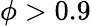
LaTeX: \phi>0.9